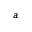
^ a